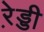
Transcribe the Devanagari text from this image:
रे़ड्डी